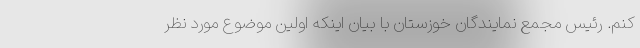
کنم. رئیس مجمع نمایندگان خوزستان با بیان اینکه اولین موضوع مورد نظر